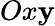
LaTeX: Ox\mathbf{y}